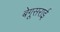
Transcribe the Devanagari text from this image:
बेगूसराई